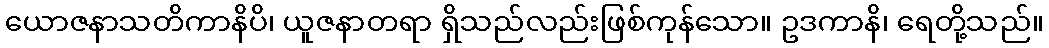
ယောဇနာသတိကာနိပိ၊ ယူဇနာတရာ ရှိသည်လည်းဖြစ်ကုန်သော။ ဥဒကာနိ၊ ရေတို့သည်။